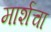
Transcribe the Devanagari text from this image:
मार्शचा